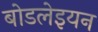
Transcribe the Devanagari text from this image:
बोडलेइयन